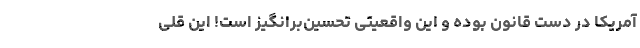
آمریکا در دست قانون بوده و این واقعیتی تحسین‌برانگیز است! این قلی